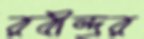
রবীন্দ্রর